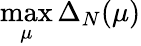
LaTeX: \operatorname*{max}_{\mu}\Delta_{N}(\mu)